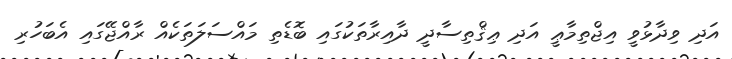
އަދި ވިދާޅުވީ އިޖްތިމާޢީ އަދި ޢިޤްތިސާދީ ދާއިރާތަކުގައި ބޮޑެތި މައްސަލަތަކެއް ރާއްޖޭގައި އެބަހުރި